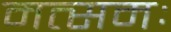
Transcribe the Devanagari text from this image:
मत्समः